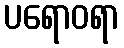
ပရောဝရာ